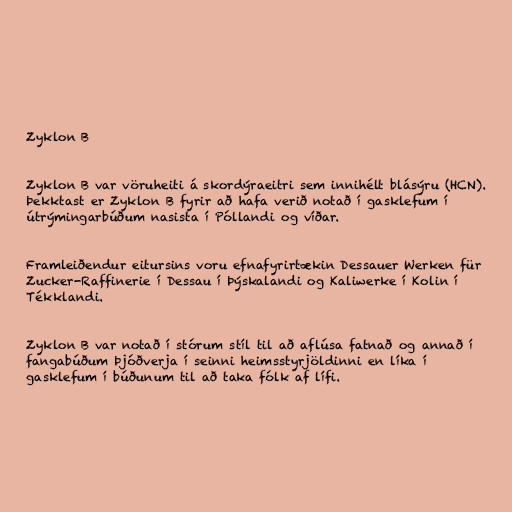
Zyklon B

Zyklon B var vöruheiti á skordýraeitri sem innihélt blásýru (HCN).
Þekktast er Zyklon B fyrir að hafa verið notað í gasklefum í
útrýmingarbúðum nasista í Póllandi og víðar.

Framleiðendur eitursins voru efnafyrirtækin Dessauer Werken für
Zucker-Raffinerie í Dessau í Þýskalandi og Kaliwerke í Kolin í
Tékklandi.

Zyklon B var notað í stórum stíl til að aflúsa fatnað og annað í
fangabúðum Þjóðverja í seinni heimsstyrjöldinni en líka í
gasklefum í búðunum til að taka fólk af lífi.